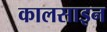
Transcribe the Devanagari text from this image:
कालसाइन